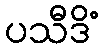
ပသီဒိံ